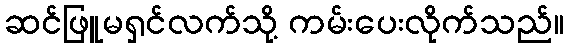
ဆင်ဖြူမရှင်လက်သို့ ကမ်းပေးလိုက်သည်။